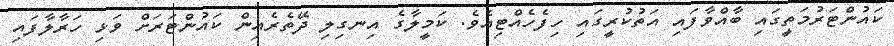
ކައުންޓަރުމަތީގައި ބާއްވާފައި އަތުކުރީގައި ހިފެހެއްޓިއެވެ. ކަމީލާގެ އިނގިލި ދޭތެރެއިން ކައުންޓަރަށް ވަޅި ހަރާލާފައި